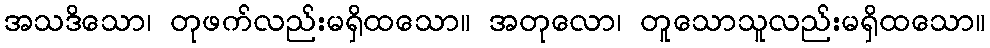
အသဒိသော၊ တုဖက်လည်းမရှိထသော။ အတုလော၊ တူသောသူလည်းမရှိထသော။